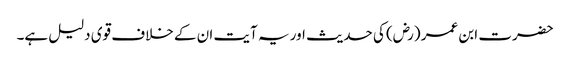
حضرت ابن عمر (رض) کی حدیث اور یہ آیت ان کے خلاف قوی دلیل ہے۔